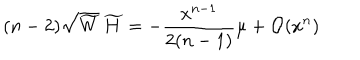
( n - 2 ) \sqrt { \widetilde W } \, \widetilde H = - \frac { x ^ { n - 1 } } { 2 ( n - 1 ) } \mu + { \cal O } ( x ^ { n } )